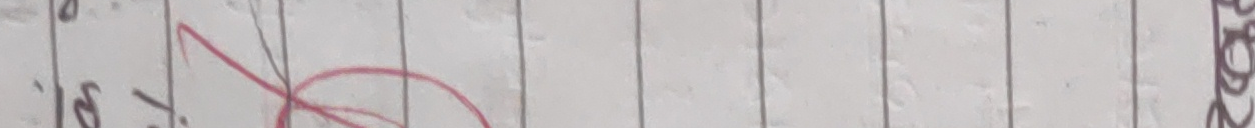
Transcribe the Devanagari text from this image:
७ १.३ २०२